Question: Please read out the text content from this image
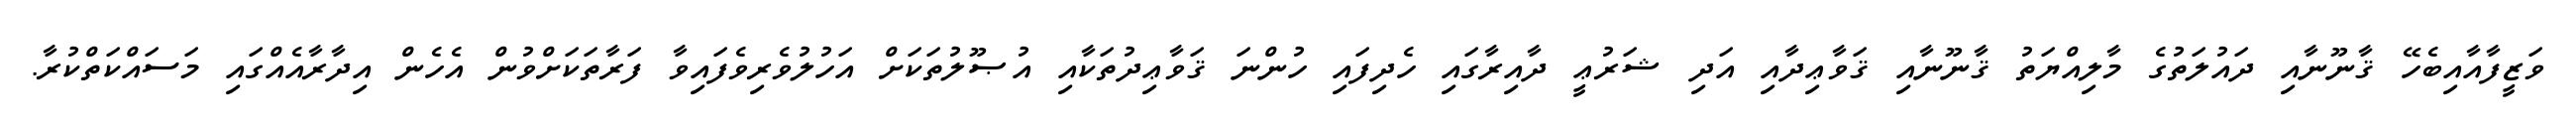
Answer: ވަޒީފާއާއިބެހޭ ޤާނޫނާއި ދައުލަތުގެ މާލިއްޔަތު ޤާނޫނާއި ޤަވާޢިދާއި އަދި ޝަރުޢީ ދާއިރާގައި ހެދިފައި ހުންނަ ޤަވާޢިދުތަކާއި އުޞޫލުތަކަށް އަހުލުވެރިވެފައިވާ ފަރާތަކަށްވުން އެހެން އިދާރާއެއްގައި މަސައްކަތްކުރާ.